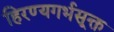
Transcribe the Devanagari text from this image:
हिरण्यगर्भसूक्त